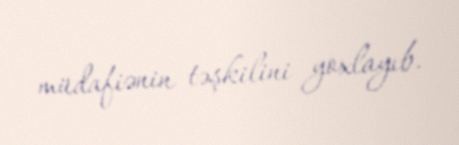
müdafiənin təşkilini yoxlayıb.